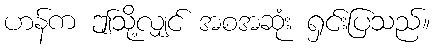
ဟန်က ဤသို့လျှင် အစအဆုံး ရှင်းပြသည်။